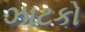
ઝાટકો